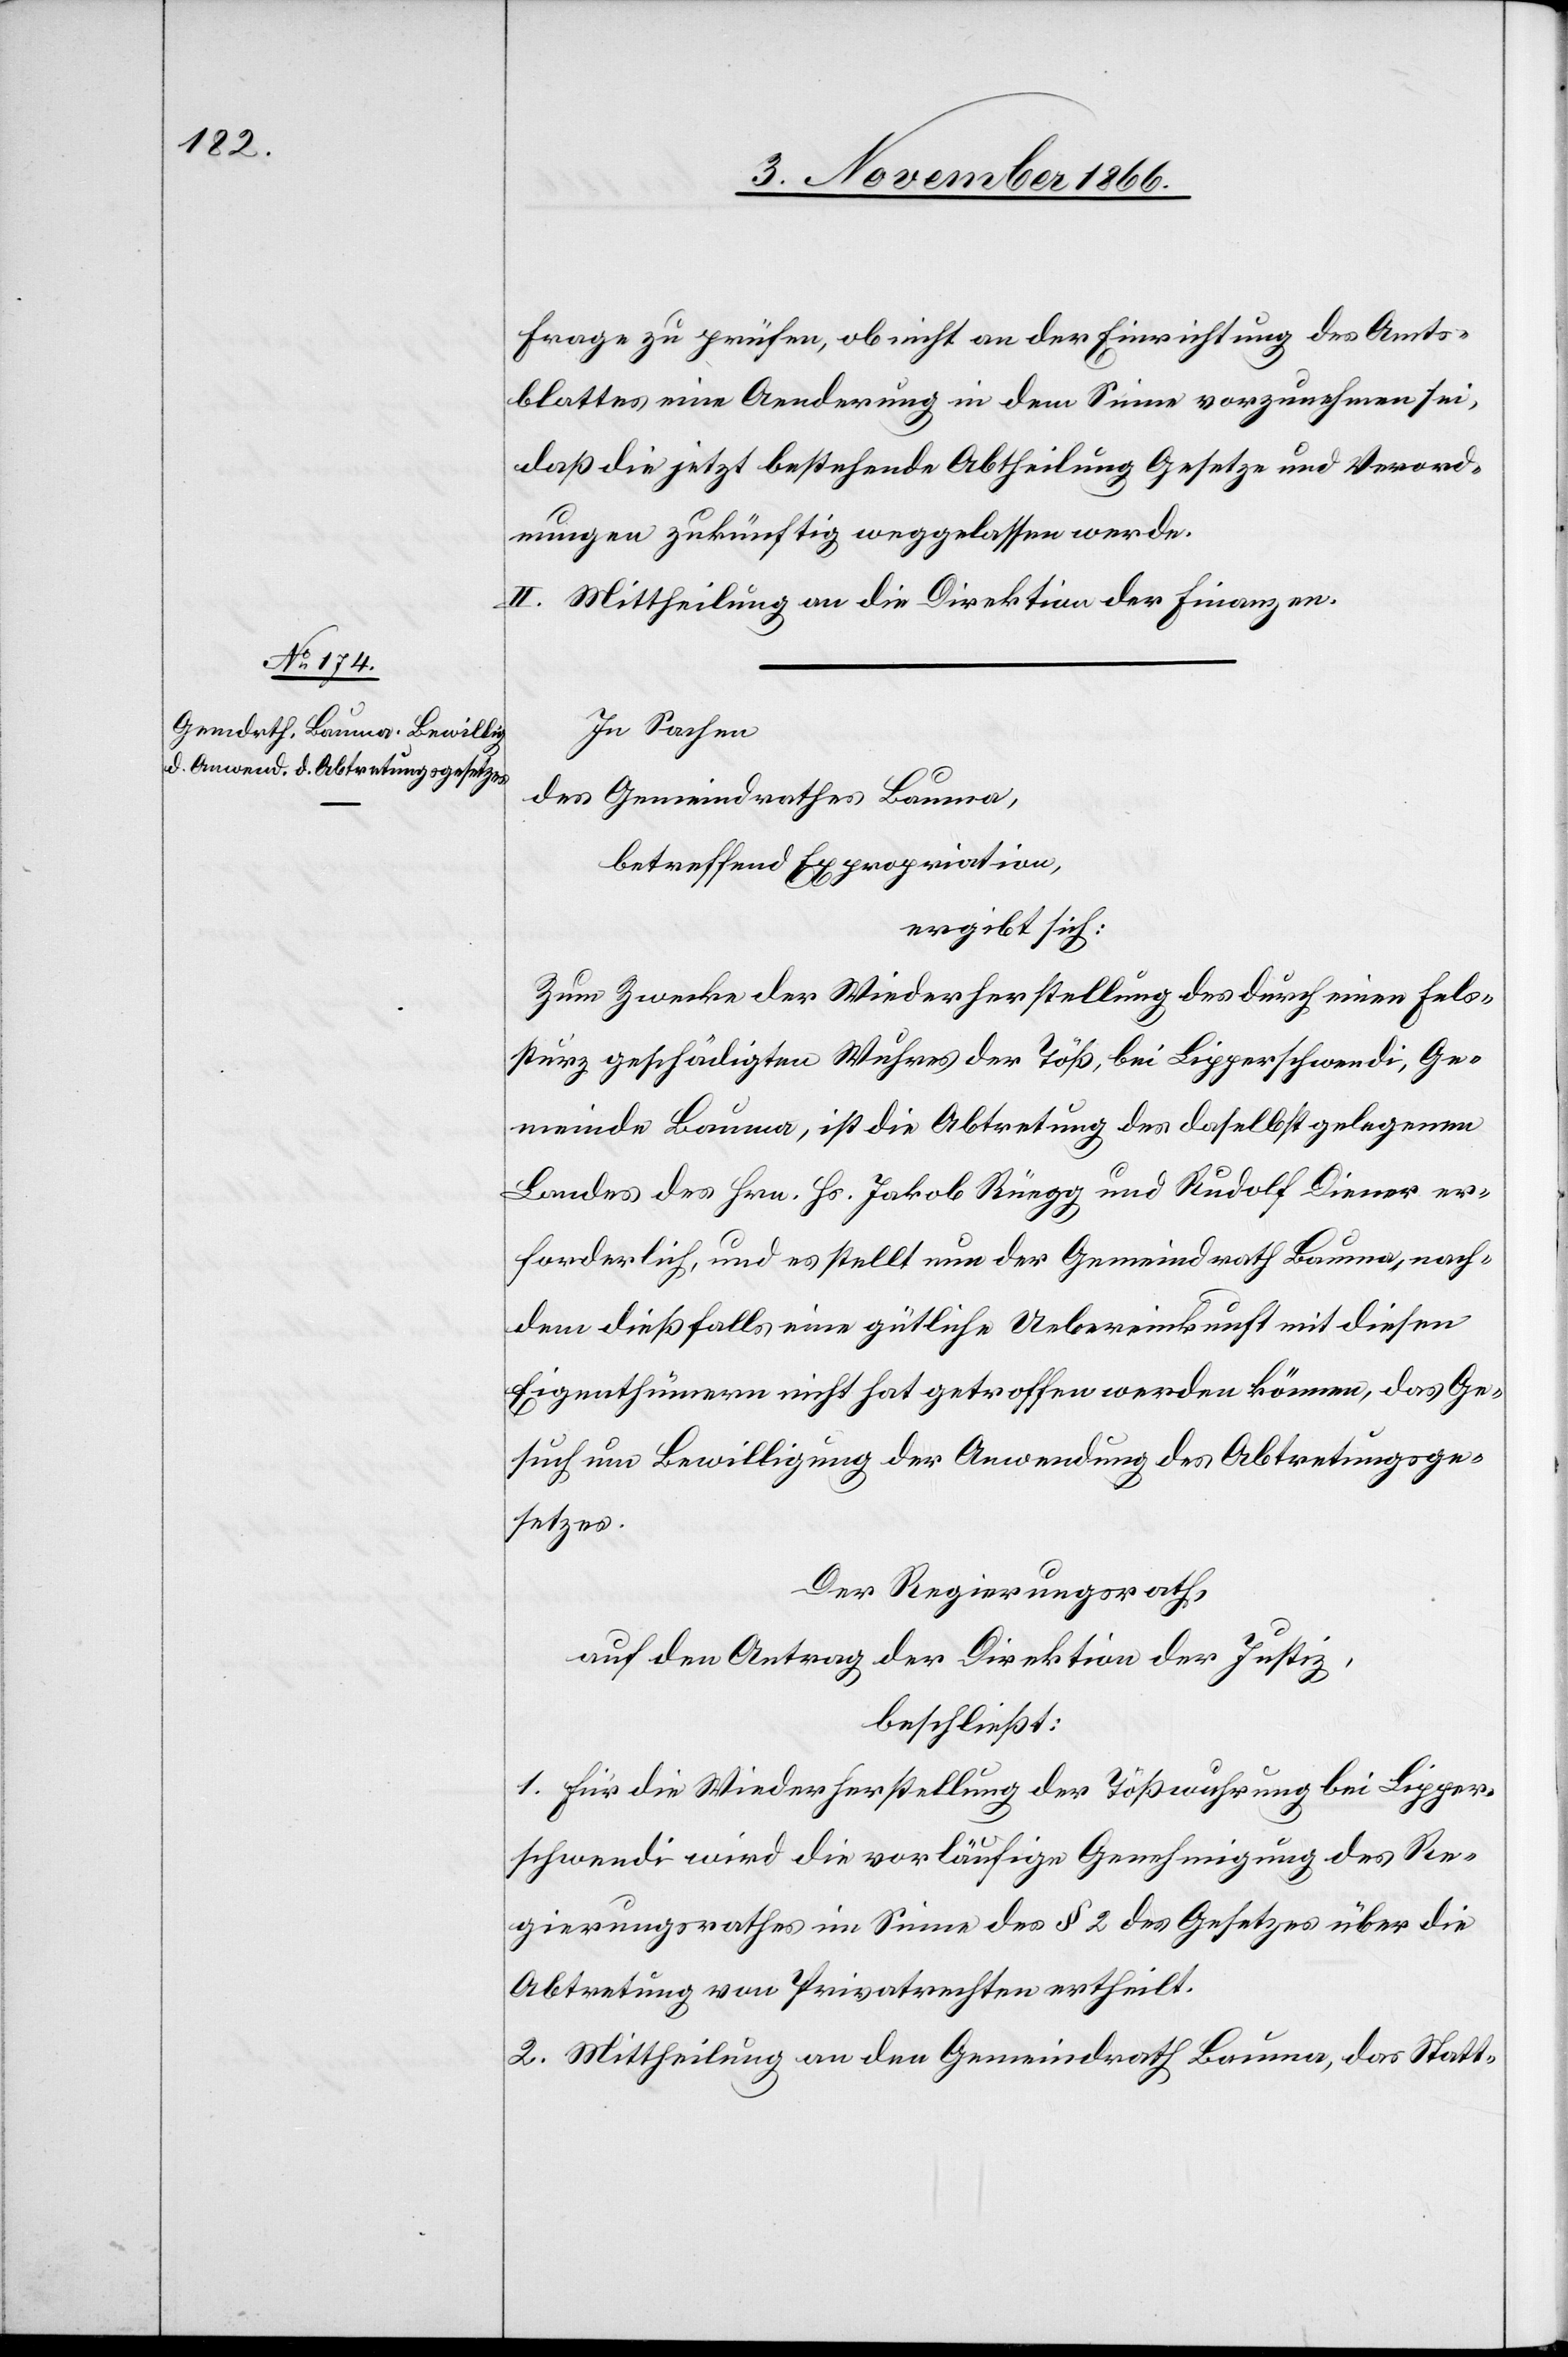
Frage zu prüfen, ob nicht an der Einrichtung des Amts¬
blattes eine Aenderung in dem Sinne vorzunehmen sei,
daß die jetzt bestehende Abtheilung Gesetze und Verord¬
nungen zukünftig weggelassen werde.
II. Mittheilung an die Direktion der Finanzen.
In Sachen
des Gemeindrathes Bauma,
betreffend Expropriation,
ergibt sich:
Zum Zwecke der Wiederherstellung des durch einen Fels¬
sturz geschädigten Wuhres der Töß, bei Lipperschwendi, Ge¬
meinde Bauma, ist die Abtretung des daselbst gelegenen
Landes des Hrn. Hs. Jakob Rüegg und Rudolf Diener er¬
forderlich, und es stellt nun der Gemeindrath Bauma, nach¬
dem dießfalls eine gütliche Uebereinkunft mit diesen
Eigenthümern nicht hat getroffen werden können, das Ge¬
such um Bewilligung der Anwendung des Abtretungsge¬
setzes.
Der Regierungsrath,
auf den Antrag der Direktion der Justiz,
beschließt:
1. Für die Wiederherstellung der Tößwuhrung bei Lipper¬
schwendi wird die vorläufige Genehmigung des Re¬
gierungsrathes im Sinne des § 2 des Gesetzes über die
Abtretung von Privatrechten ertheilt.
2. Mittheilung an den Gemeindrath Bauma, das Statt-